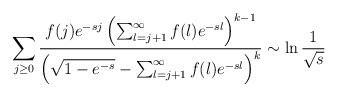
\begin{align*}\sum_{j\geq 0} \frac{ f(j) e^{-sj} \left(\sum_{l=j+1}^{\infty} f(l) e^{-sl}\right)^{k-1}}{\left(\sqrt{1-e^{-s}}-\sum_{l=j+1}^\infty f(l) e^{-sl}\right)^k}\sim\ln\frac1{\sqrt s}\end{align*}